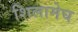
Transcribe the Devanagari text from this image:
शिलामेघ